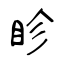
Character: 眕